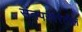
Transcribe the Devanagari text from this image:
संतपरंपरेतील